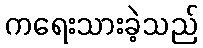
ကရေးသားခဲ့သည်